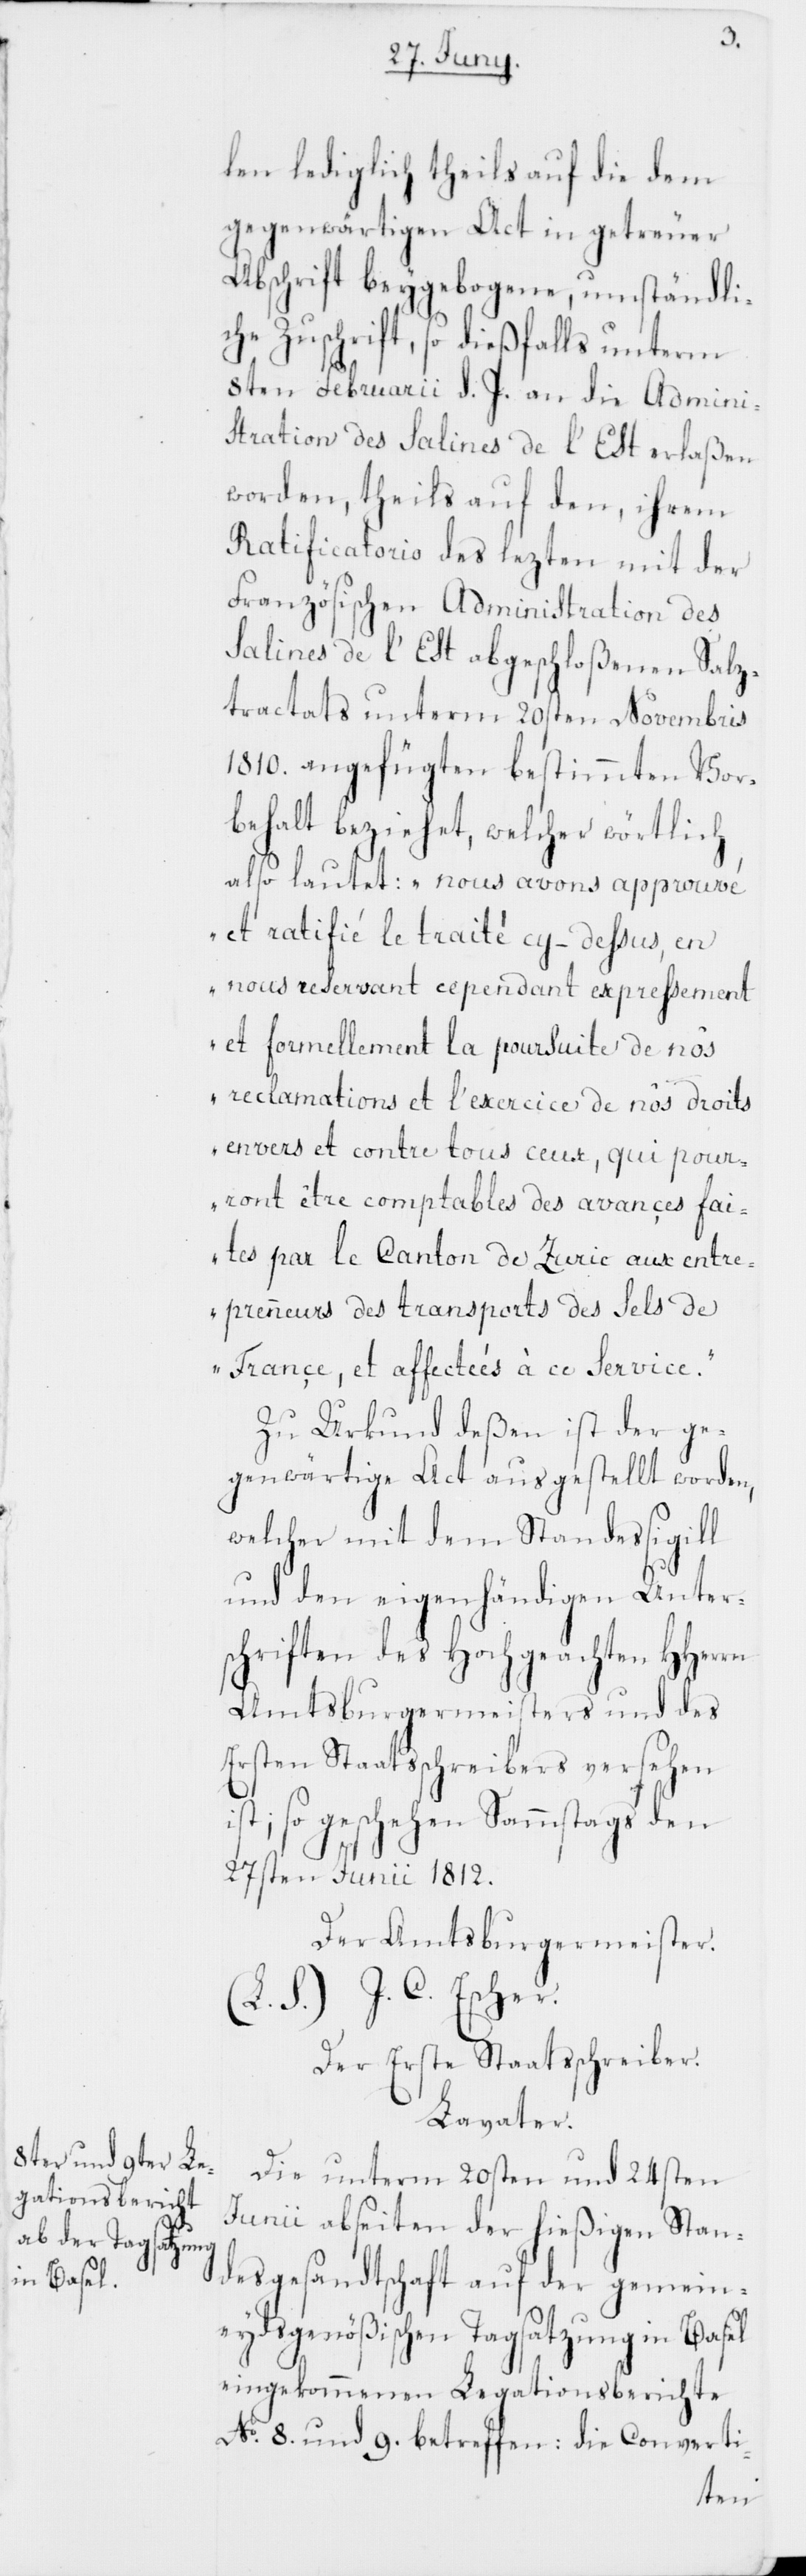
len lediglich theils auf die dem
gegenwärtigen Act in getreuer
Abschrift beygebogene, umständli¬
che Zuschrift, so dießfalls unterm
8ten Februarii d. J. an die Admini¬
stration des Salines de l’Est erlaßen
worden, theils auf den, ihrem
Ratificatorio des lezten mit der
Französischen Administration des
Salines de l’Est abgeschloßenen Salz¬
tractats unterm 20sten Novembris
1810. angefügten bestimmten Vor¬
behalt beziehet, welcher wörtlich
also lautet: „nous avons approuvé
et ratifié le traité cy-dessus, en
nous reservant cependant expressement
et formellement la poursuite de nos
reclamations et l’exercice de nos droits
envers et contre tous ceux, qui pou¬
rront être comptables des avançes fai¬
tes par le Canton de Zuric aux entre¬
prenneurs des transports des Sels de
Françe, et affectées à ce Service.“
Zu Urkund deßen ist der ge¬
genwärtige Act ausgestellt worden,
welcher mit dem Standessigill
und den eigenhändigen Unter¬
schriften des Hochgeachten HHerrn
Amtsburgermeisters und des
ersten Staatsschreibers versehen
ist; so geschehen Sammstags den
27sten Junii 1812.
Der Amtsburgermeister.
(L. S.) J.C. Escher.
Der Erste Staatsschreiber.
Lavater.
Die unterm 20sten und 24sten
Junii abseiten der hießigen Stan¬
desgesandtschaft auf der gemein¬
eydsgenößischen Tagsatzung in Basel
eingekommenen Legationsberichte
No 8. und 9. betreffen: die Converti-